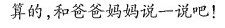
算的，和爸爸妈妈说一说吧！